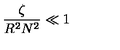
{ \frac { \zeta } { R ^ { 2 } N ^ { 2 } } } \ll 1